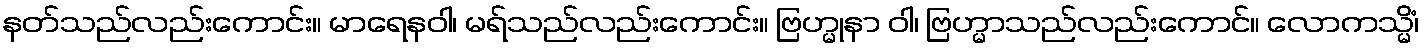
နတ်သည်လည်းကောင်း။ မာရေနဝါ၊ မရ်သည်လည်းကောင်း။ ဗြဟ္မုနာ ဝါ၊ ဗြဟ္မာသည်လည်းကောင်။ လောကသ္မိံ၊